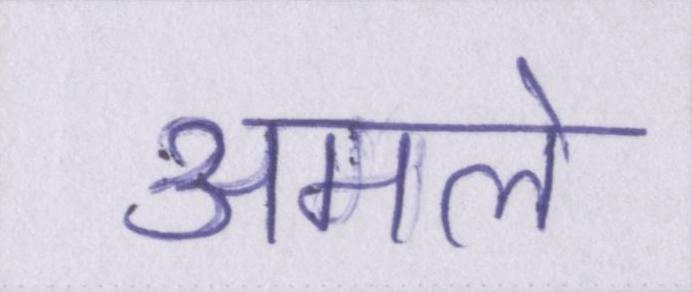
अमले